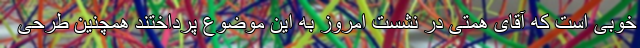
خوبی است که آقای همتی در نشست امروز به این موضوع پرداختند همچنین طرحی